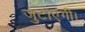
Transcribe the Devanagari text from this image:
जुटाएंगी।